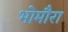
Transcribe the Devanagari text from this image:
भोमौरा